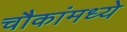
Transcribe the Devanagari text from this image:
चौकांमध्ये